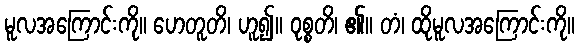
မူလအကြောင်းကို။ ဟေတူတိ၊ ဟူ၍။ ဝုစ္စတိ၊ ၏။ တံ၊ ထိုမူလအကြောင်းကို။